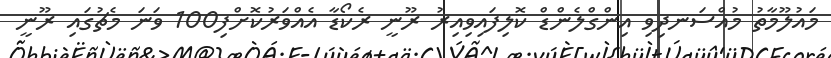
މައުލޫމާތު މުއްސަނދިވި އިންގްލެންޑް ކޮލިފައިވިއިރު ރޫނީ ރެކޯޑާ އެއްވަރުކޮށްފި100 ވަނަ މެޗުގައި ރޫނީ